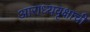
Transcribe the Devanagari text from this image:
आराध्यवृक्षाची